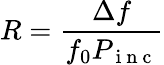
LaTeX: R=\frac{\Delta f}{f_{0}P_{\mathrm{~i~n~c~}}}